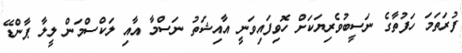
ފުރަތަމަ ހަފުތާގެ ނަސީބުވެރިޔަކަށް ހޮވިފައިވަނީ އާއިޝަތު ނަސްމާ އާއި ލަކްސްމަން ލީލާ ޕާންޑޭ